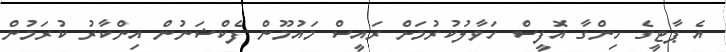
އެ ޕާޓީގެ ހިންގާ އޮފީސް ހަވާލުކުރުމަށް ރައީސް މައުމޫން ފެކްޝަނުން އިންކާރު ކުރަމުން